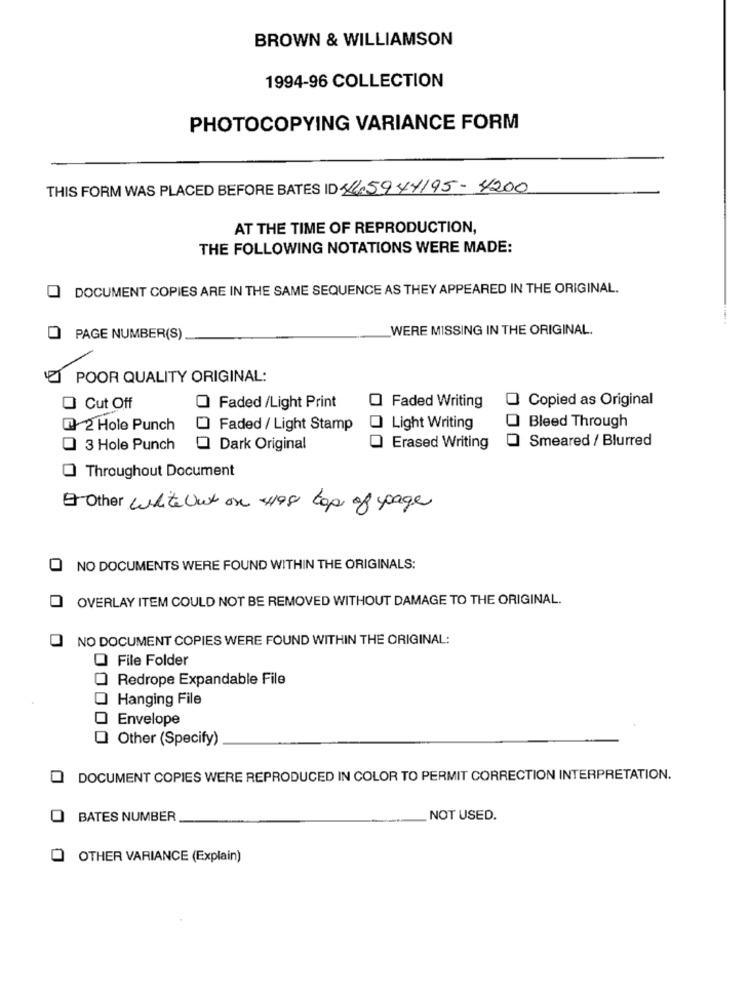
BROWN & WILLIAMSON
1994-96 COLLECTION
PHOTOCOPYING VARIANCE FORM
THIS FORM WAS PLACED BEFORE BATES ID 44.5944195-4200
AT THE TIME OF REPRODUCTION,
THE FOLLOWING NOTATIONS WERE MADE:
DOCUMENT COPIES ARE IN THE SAME SEQUENCE AS THEY APPEARED IN THE ORIGINAL.
WERE MISSING IN THE ORIGINAL.
PAGE NUMBER(S)
POOR QUALITY ORIGINAL:
Copied as Original
Cut Off
Faded /Light Print
O Faded Writing
Bleed Through
1 2 Hole Punch
Faded / Light Stamp
Light Writing
Smeared / Blurred
3 Hole Punch
O Dark Original
Erased Writing
Throughout Document
Other White out on 4198 top of page
NO DOCUMENTS WERE FOUND WITHIN THE ORIGINALS:
OVERLAY ITEM COULD NOT BE REMOVED WITHOUT DAMAGE TO THE ORIGINAL.
NO DOCUMENT COPIES WERE FOUND WITHIN THE ORIGINAL:
File Folder
Redrope Expandable File
Hanging File
Envelope
Other (Specify)
DOCUMENT COPIES WERE REPRODUCED IN COLOR TO PERMIT CORRECTION INTERPRETATION.
BATES NUMBER
NOT USED.
OTHER VARIANCE (Explain)